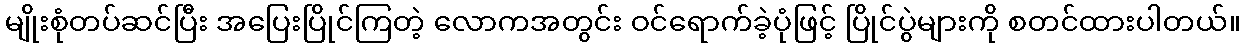
မျိုးစုံတပ်ဆင်ပြီး အပြေးပြိုင်ကြတဲ့ လောကအတွင်း ဝင်ရောက်ခဲ့ပုံဖြင့် ပြိုင်ပွဲများကို စတင်ထားပါတယ်။